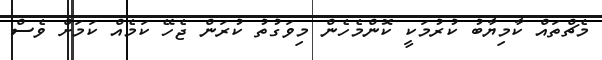
މެޗްތައް ކާމިޔާބު ކުރުމަކީ ކޮންމެހެން މިވަގުތު ކުރަން ޖެހޭ ކަަމެއް ކަމަށް ވެސް